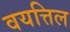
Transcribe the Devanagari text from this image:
वयत्तिल